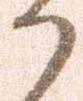
か